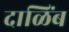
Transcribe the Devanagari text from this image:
दाळिंब